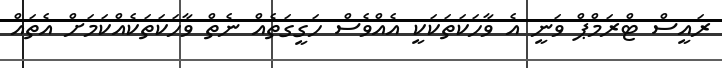
ރައީސް ޓްރަމްޕް ވަނީ އެ ވާހަކަތަކަކީ އެއްވެސް ހަގީގަތެއް ނެތް ވާހަކަތަކެއްކަމަށް އެތައް